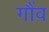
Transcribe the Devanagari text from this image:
गौंव